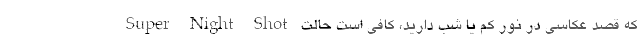
که قصد عکاسی در نور کم یا شب دارید، کافی است حالت Super Night Shot